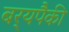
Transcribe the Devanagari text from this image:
बर्‍यपैकी